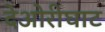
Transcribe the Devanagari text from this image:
देओरीघाट